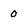
Character: 0